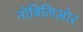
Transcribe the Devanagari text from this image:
नोबिलिओर